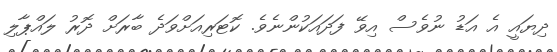
ދިޔައީ އެ އަޑު ނުވެސް އިވޭ ފަދައަކުންނެވެ. ކޮޓަރިއަށްވަދެ ބާރަށް ދޮރު ލައްޕާލި